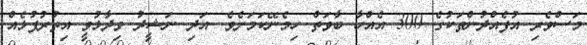
މަސްވެރި އުފެއްދުންތަކުގެ 300 އެއްހާ ބާވަތް ހިމެނޭކަމަށެވެ. އަދި ނަޝީދު ވިދާޅުވީ އިތުރުފުޅެއް